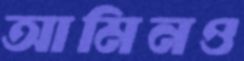
আমিনও